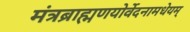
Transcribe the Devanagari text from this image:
मंत्रब्राह्मणयोर्वेदनामधेयम्